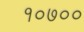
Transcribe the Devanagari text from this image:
१०७००